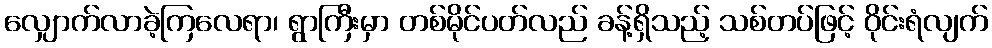
လျှောက်လာခဲ့ကြလေရာ၊ ရွာကြီးမှာ တစ်မိုင်ပတ်လည် ခန့်ရှိသည့် သစ်တပ်ဖြင့် ဝိုင်းရံလျက်